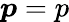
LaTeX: {\boldsymbol{p}}=p